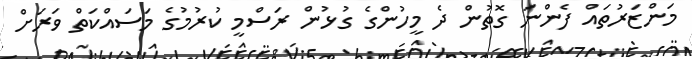
މަންޒަރުތައް ފެންނަ ގޮތުން ދެ މީހުންގެ ގުޅުން ރަސްމީ ކުރުމުގެ މަސައްކަތް ވަރަށް